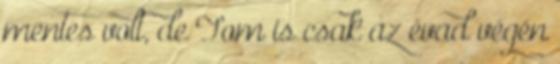
mentes volt, de Tom is csak az évad végén